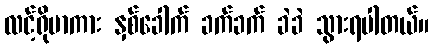
လင့်ရိုဗာကား နှစ်ခေါက် ခက်ခက် ခဲခဲ သွားရပါတယ်။